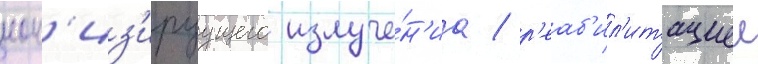
ион'из'ируущего излуче́н'иа / р'еаб'ил'итациеи